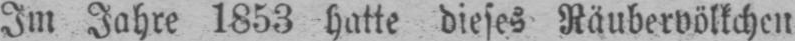
Im Jahre 1853 hatte dieses Räubervölkchen